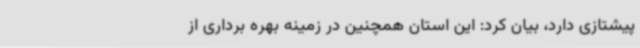
پیشتازی دارد، بیان کرد: این استان همچنین در زمینه بهره برداری از